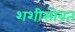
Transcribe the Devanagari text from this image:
शशीसोबत